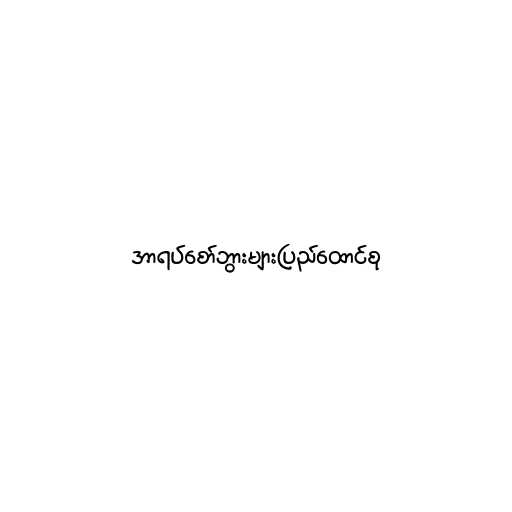
အာရပ်စော်ဘွားများပြည်ထောင်စု